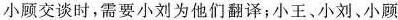
小顾交谈时，需要小刘为他们翻译；小王、小刘、小顾